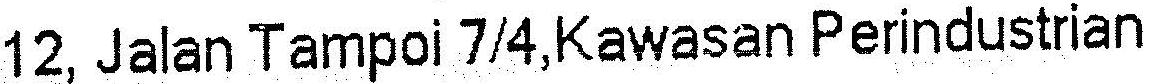
12, JALAN TAMPOI 7/4,KAWASAN PERINDUSTRIAN